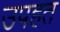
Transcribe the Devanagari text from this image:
उपहत